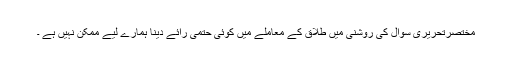
مختصرتحریری سوال کی روشنی میں طلاق کے معاملے میں کوئی حتمی رائے دینا ہمارے لیے ممکن نہیں ہے ۔